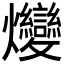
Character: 𤓩